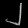
Digit: ၂